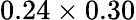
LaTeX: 0.24\times 0.30